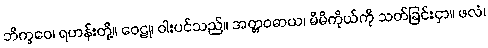
ဘိက္ခဝေ၊ ရဟန်းတို့။ ဝေဠု၊ ဝါးပင်သည်။ အတ္တဝဓာယ၊ မိမိကိုယ်ကို သတ်ခြင်းငှာ။ ဖလံ၊